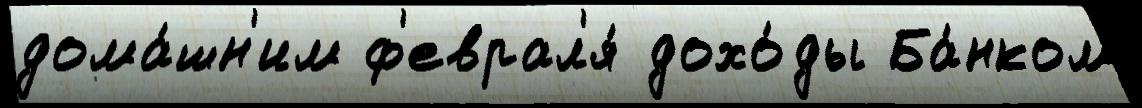
дома́шн'им ф'еврал'я́ дохо́ды Ба́нком